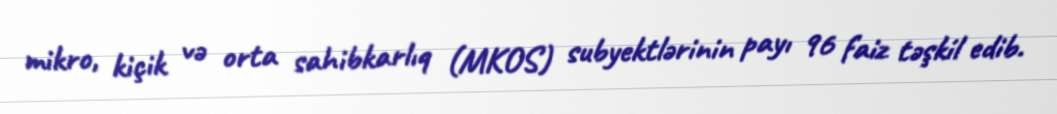
mikro, kiçik və orta sahibkarlıq (MKOS) subyektlərinin payı 96 faiz təşkil edib.